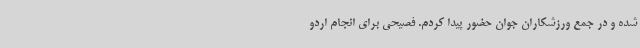
شده و در جمع ورزشکاران جوان حضور پیدا کردم. فصیحی برای انجام اردو